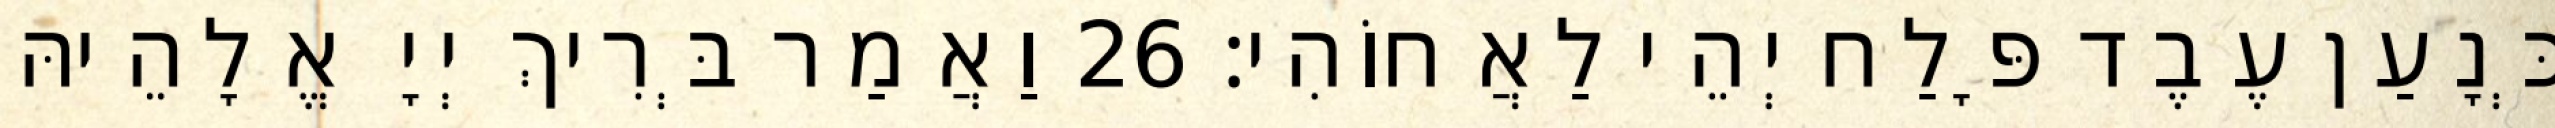
כְּנָעַן עֶבֶד פָּלַח יְהֵי לַאֲחוֹהִי׃ 26 וַאֲמַר בְּרִיךְ יְיָ אֱלָהֵיהּ